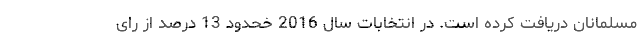
مسلمانان دریافت کرده است. در انتخابات سال 2016 خحدود 13 درصد از رای